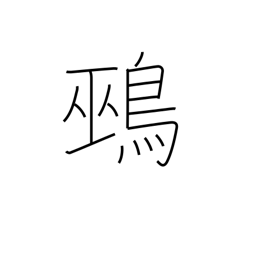
Meaning: unmottled quail